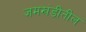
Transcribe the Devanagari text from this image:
जमखंडीतील